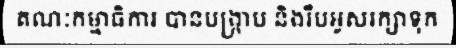
គណៈកម្មាធិការ បានបង្ក្រាប និងរឹបអូសរក្សាទុក